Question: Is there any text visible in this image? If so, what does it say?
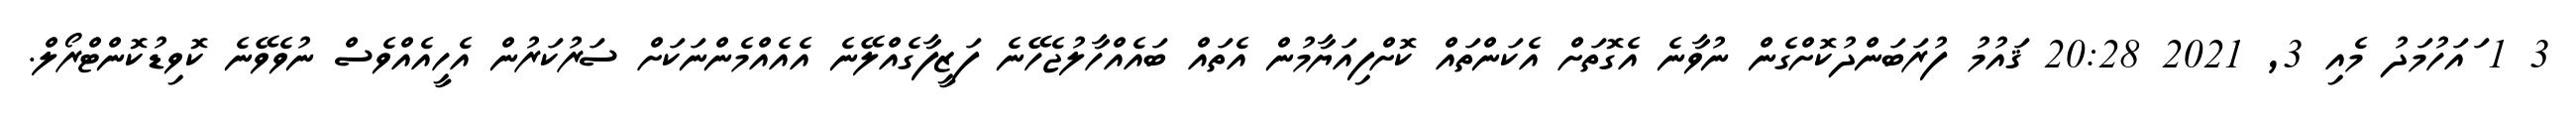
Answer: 3 1 ައަހުމަދު މެއި 3, 2021 20:28 ޤައުމު ފުރަބަންދުކޮށްގެން ނުވާނެ އެގޮތަށް އެކަންތައް ކޮށްފިއަޔާމުން އެތައް ބައެއްހާލުޖެހޭނެ ފަޒީފާގެއްލޭނެ އެއެއްމެންނަކަށް ސަރުކަރުން އެހީއެއްވެސް ނުވެވޭނެ ކޮވިޑުކޮންޓްރޯލް.